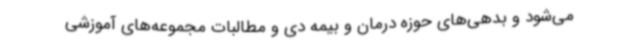
می‌شود و بدهی‌های حوزه درمان و بیمه دی و مطالبات مجموعه‌های آموزشی